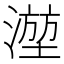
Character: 𬈮